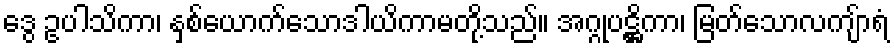
ဒွေ ဥပါသိကာ၊ နှစ်ယောက်သောဒါယိကာမတို့သည်။ အဂ္ဂုပဋ္ဌိကာ၊ မြတ်သောလကျ်ာရံ